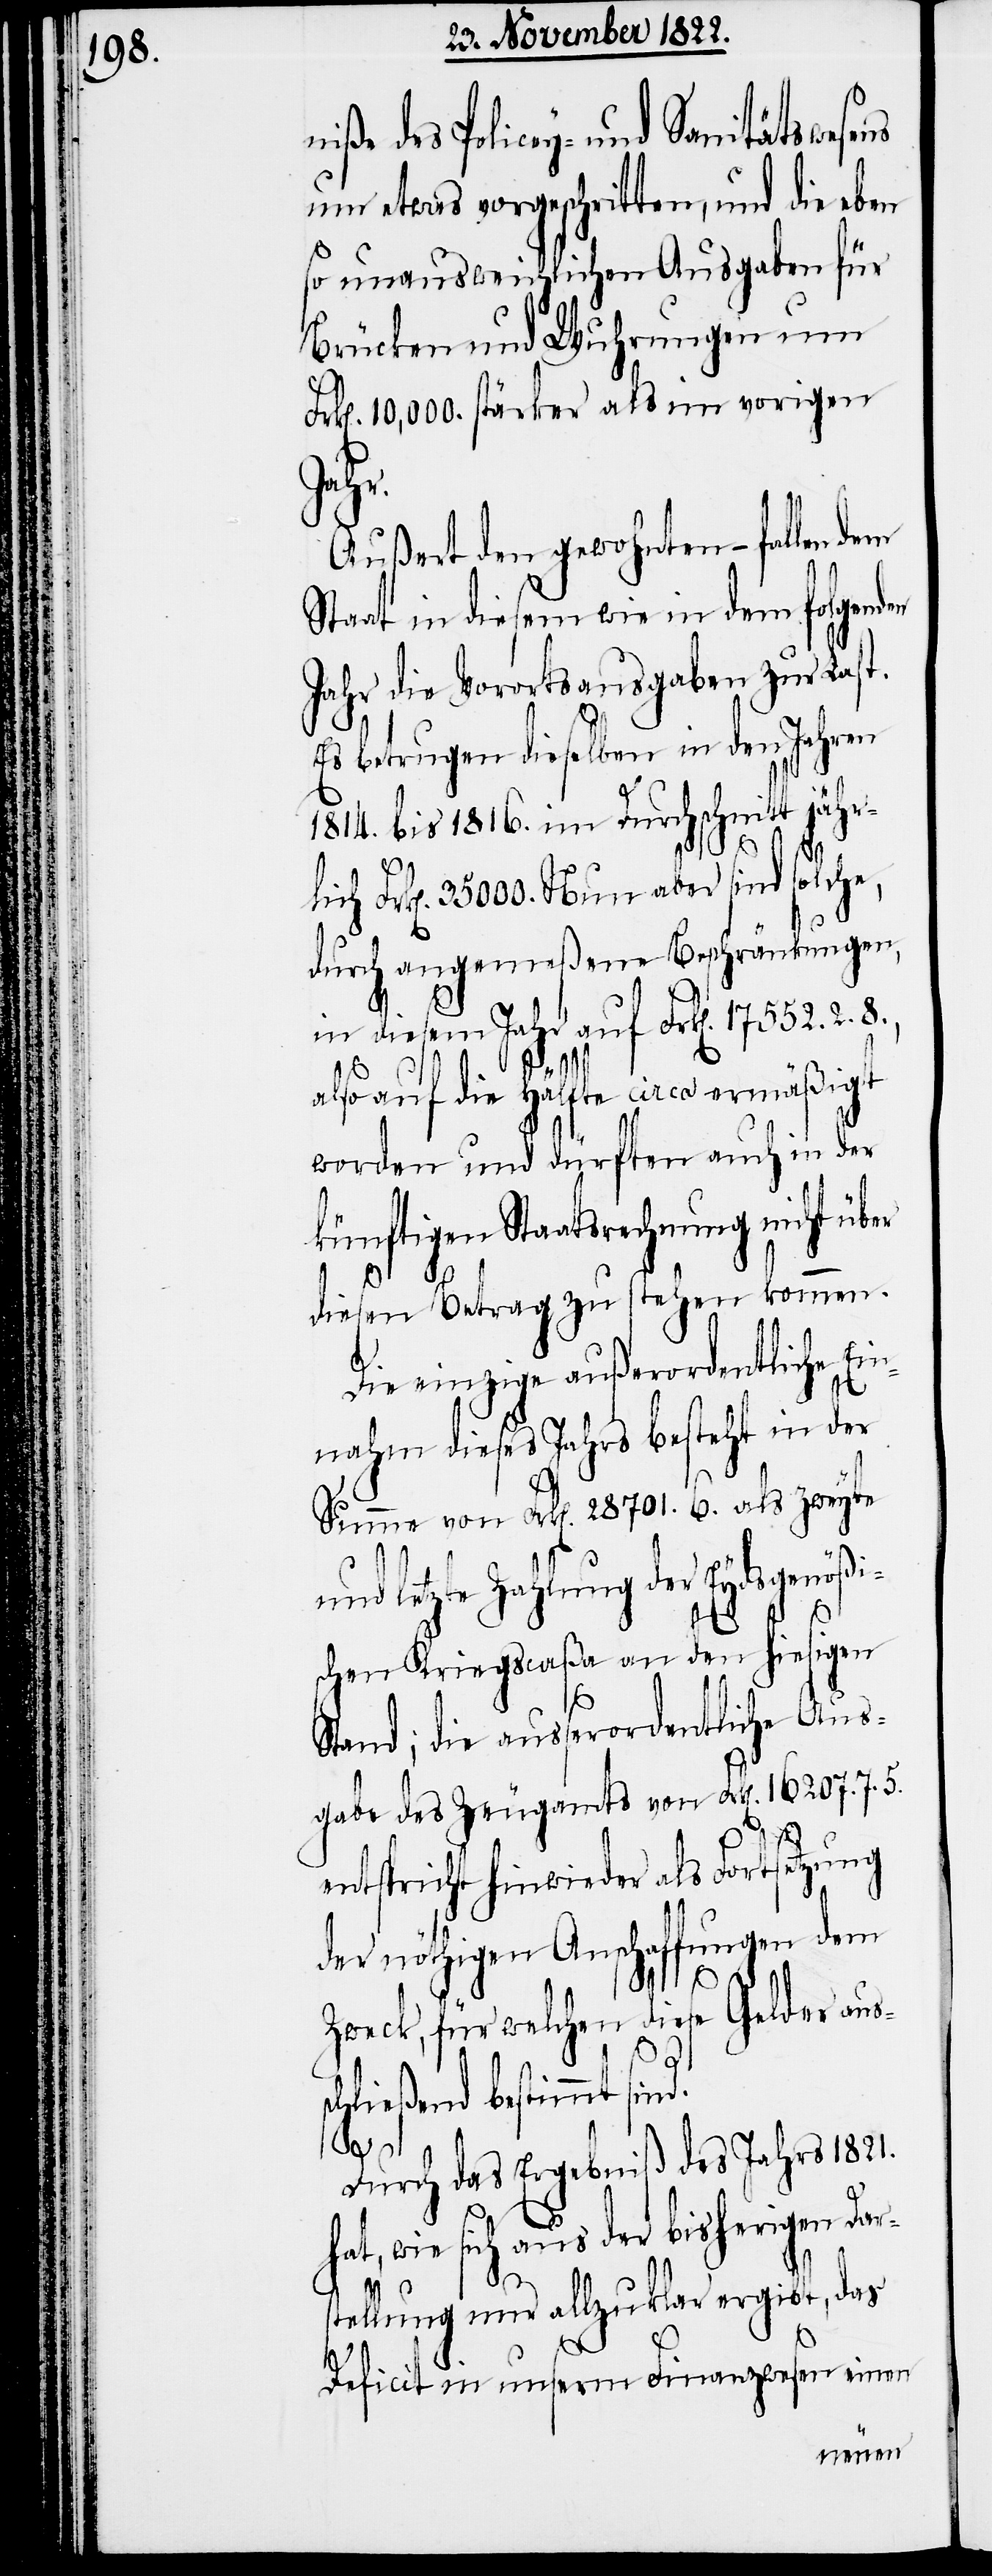
iße des Policey- und Sanitätswesens
um etwas vorgeschritten, und die eben
so unausweichlichen Ausgaben für
Brücken und Wuhrungen um
Frk[en]. 10,000. stärker als im vorigen
sch¬
Außert den gewohnten – fallen dem
Staat in diesem wie in dem folgenden
Jahr die Vorortsausgaben zur Last.
Es betrugen dieselben in den Jahren
1814. bis 1816. im Durchschnitt jähr¬
Frk[en]. 35 000. Nun aber sind solche,
durch angemeßene Beschränkungen,
in diesem Jahr auf Frk[en]. 17 552. 2.
8.,
also auf die Hälfte circa ermäßigt
worden und dürften auch in der
künftigen Staatsrechnung nicht über
n¬
diesen Betrag zu stehen kommen.
Die einzige außerordentliche Ein¬
nahm dieses Jahrs besteht in der
Summe von Frk[en]. 28 701. 6. als zweyte
und letzte Zahlung der Eydsgenößi¬
schen Kriegscaßa an den hiesigen
Stand; die ausserordentliche Aus¬
gabe des Zeugamts von Frk[en]. 16 207. 7. 5.
entspricht hinwieder als Fortsetzung
der nöthigen Anschaffungen dem
Zweck, für welchen diese Gelder aus¬
ließend bestimmt sind.
Durch das Ergebniß des Jahrs 1821.
hat, wie sich aus der bisherigen Dar¬
stellung nur allzu klar ergibt, das
Deficit in unserm Finanzwesen einen